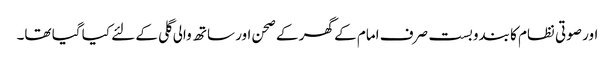
اور صوتی نظام کا بندوبست صرف امام کے گھر کے صحن اور ساتھ والی گلی کے لئے کیا گیا تھا۔